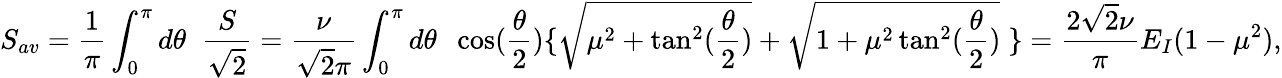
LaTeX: S_{av}=\frac{1}{\pi}\int_{0}^{\pi}d\theta\; \; \frac{S}{\sqrt{2}}=\frac{\nu}{\sqrt{2}\pi}\int_{0}^{\pi}d\theta\; \; \cos(\frac{\theta}{2})\{ \sqrt{\mu^{2}+\tan^{2}(\frac{\theta}{2})}+\sqrt{1+\mu^{2}\tan^{2}(\frac{\theta}{2})}\; \} =\frac{2\sqrt{2}\nu}{\pi}E_{I}(1-\mu^{2}),